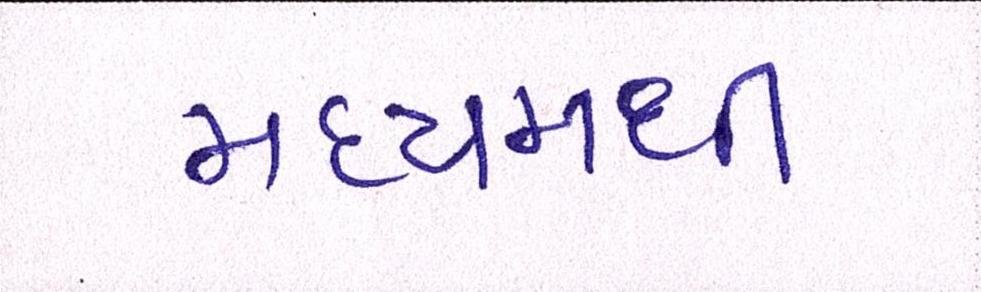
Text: મધ્યમથી